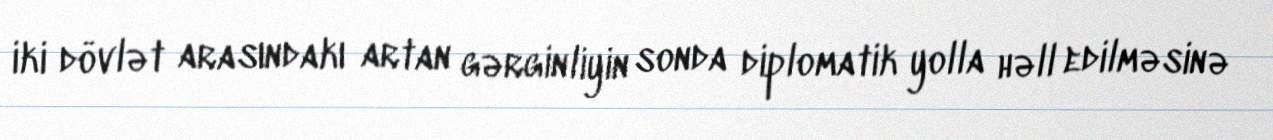
iki dövlət arasındakı artan gərginliyin sonda diplomatik yolla həll edilməsinə